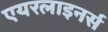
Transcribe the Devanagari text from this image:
एयरलाइनर्स